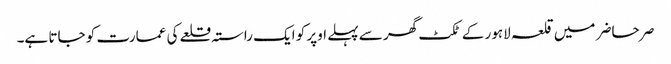
صر حاضر میں قلعہ لاہور کے ٹکٹ گھر سے پہلے اوپر کو ایک راستہ قلعے کی عمارت کو جاتا ہے۔